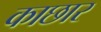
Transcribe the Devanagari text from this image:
काछार